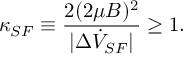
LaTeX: \kappa _ { S F } \equiv \frac { 2 ( 2 \mu B ) ^ { 2 } } { | \Delta \dot { V } _ { S F } | } \geq 1 .